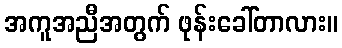
အကူအညီအတွက် ဖုန်းခေါ်တာလား။